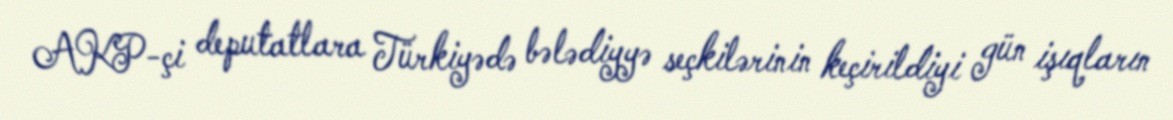
AKP-çi deputatlara Türkiyədə bələdiyyə seçkilərinin keçirildiyi gün işıqların